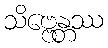
သိဗ္ဗေန္တဿ